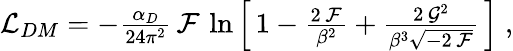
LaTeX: \begin{array}{r}{{\cal L}_{DM}=-\frac{\alpha_{D}}{24\pi^{2}}\, {\cal F}\, \ln\left[\, 1-\frac{2\, {\cal F}}{\beta^{2}}+\frac{2\, {\cal G}^{2}}{\beta^{3}\sqrt{-2\, {\cal F}}}\, \right]\; ,}\end{array}